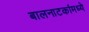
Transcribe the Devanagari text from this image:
बालनाटकांमध्ये